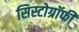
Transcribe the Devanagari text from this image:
सिस्टोग्रॉफी